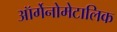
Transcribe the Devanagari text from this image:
ऑर्गेनोमेटालिक